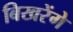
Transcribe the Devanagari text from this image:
बिखरेंगे